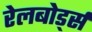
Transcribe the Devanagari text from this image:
रेलबोर्ड्स